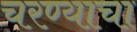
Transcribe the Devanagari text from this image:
चरण्याचा